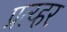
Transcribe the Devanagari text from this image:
प्रत्य्हर